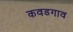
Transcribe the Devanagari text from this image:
कवडगाव